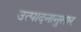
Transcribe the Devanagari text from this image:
उत्पादनानुसार